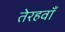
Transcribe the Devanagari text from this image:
तेरहवॉं